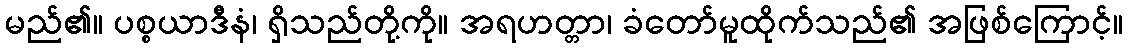
မည်၏။ ပစ္စယာဒီနံ၊ ရှိသည်တို့ကို။ အရဟတ္တာ၊ ခံတော်မူထိုက်သည်၏ အဖြစ်ကြောင့်။